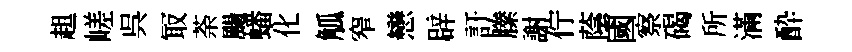
趄嵯呉冣荼颺蟠化觚窄戀辟訏縢謝佇蔭國察碣所滿酔